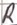
Text: R